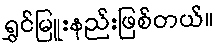
ရွှင်မြူးနည်းဖြစ်တယ်။